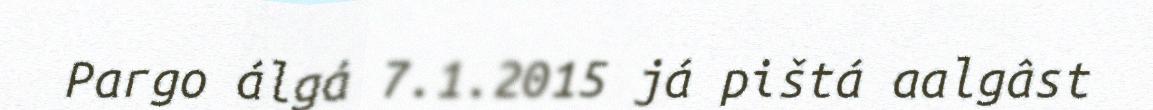
Pargo álgá 7.1.2015 já pištá aalgâst